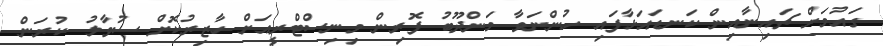
ގައުމަށް ޗައިނާއިން ކަނޑައަޅާފައި ހުންނަވާ މަންދޫބު ފޮރިން މިނިސްޓްރީއަށް ހާޒިރުކޮށް ސުވާލު ކުރަން